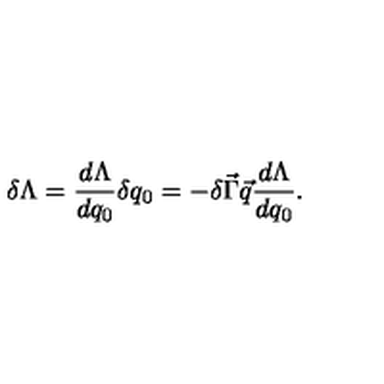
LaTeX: \delta \Lambda = \frac { d \Lambda } { d q _ { 0 } } \delta q _ { 0 } = - \delta \vec { \Gamma } \vec { q } \frac { d \Lambda } { d q _ { 0 } } .